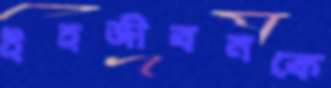
ইহজীবনকে